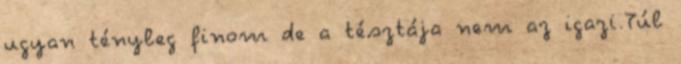
ugyan tényleg finom de a tésztája nem az igazi.Túl